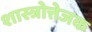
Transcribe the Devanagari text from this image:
शास्त्रोत्तेजक